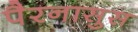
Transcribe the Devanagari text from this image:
पैरनासुस